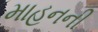
માહનની